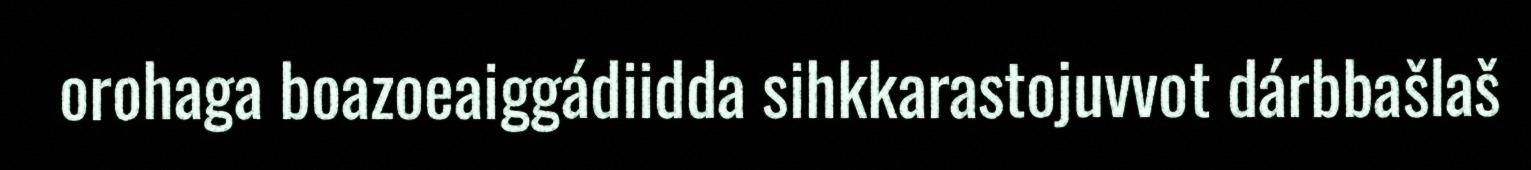
orohaga boazoeaiggádiidda sihkkarastojuvvot dárbbašlaš